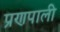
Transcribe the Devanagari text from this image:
प्रणपाली